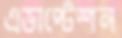
এডাপ্টেশন